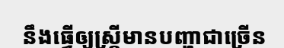
នឹងធ្វើឲ្យស្ត្រីមានបញ្ហាជាច្រើន